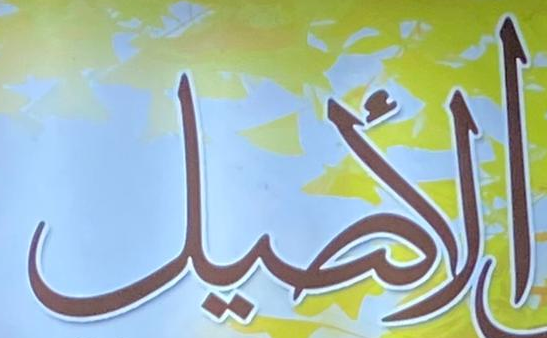
الأصيل